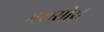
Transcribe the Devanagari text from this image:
मख़सोस